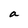
Character: a